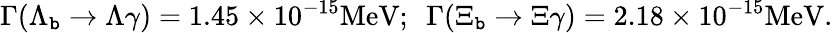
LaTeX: \Gamma(\Lambda_{\mathtt{b}}\rightarrow\Lambda\gamma)=1.45\times10^{-15}\mathrm{{MeV}};~~\Gamma(\Xi_{\mathtt{b}}\rightarrow\Xi\gamma)=2.18\times10^{-15}\mathrm{{MeV}}.